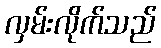
လှမ်းလိုက်သည်